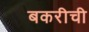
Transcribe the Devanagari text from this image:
बकरीची